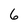
Character: 6